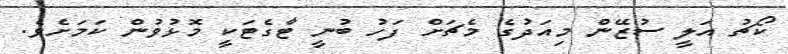
ކޯޗު އަލީ ސުޒޭން މިއަދުގެ މެޗަށް ފަހު ބުނީ ޓާގެޓަކީ މޮޅުވުން ކަމަށެވެ.